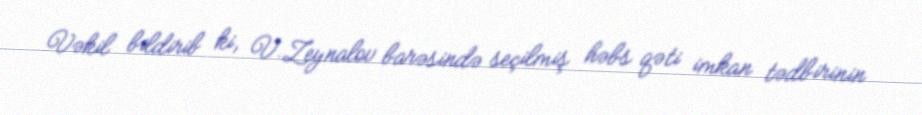
Vəkil bildirib ki, V.Zeynalov barəsində seçilmiş həbs qəti imkan tədbirinin